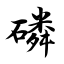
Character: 磷